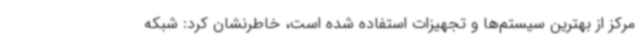
مرکز از بهترین سیستم‌ها و تجهیزات استفاده شده است، خاطرنشان کرد: شبکه